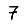
Digit: 7